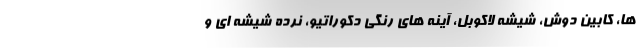
ها، کابین دوش، شیشه لاکوبل، آینه های رنگی دکوراتیو، نرده شیشه ای و